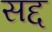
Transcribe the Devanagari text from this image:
सद्द